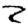
Digit: 2